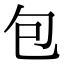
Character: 包